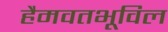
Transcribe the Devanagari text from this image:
हैमवतभूविल